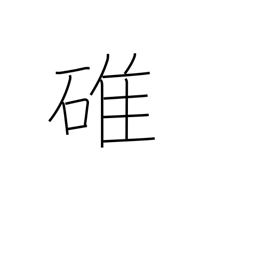
Meaning: pestle